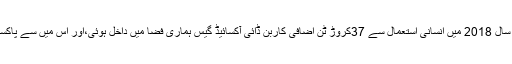
مختلف ماہرین اور اداروں کے مطابق سال 2018 میں انسانی استعمال سے 37کروڑ ٹن اضافی کاربن ڈائی آکسائیڈ گیس ہماری فضا میں داخل ہوئی،اور اس میں سے پاکستان کا حصہ تقریباً ڈھائی لاکھ ٹن ہے۔